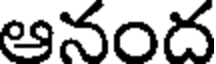
ఆనంద